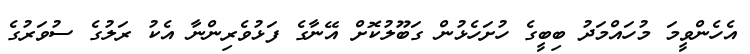
އެހެންވީމަ މުހައްމަދު ބިބީގެ ހުށަހެޅުން ގަބޫލުކޮށް އޭނާގެ ފަޅުވެރިންނާ އެކު ރަލުގެ ސުވަރުގެ